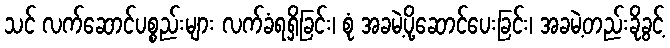
သင် လက်ဆောင်ပစ္စည်းများ လက်ခံရရှိခြင်း၊ စုံ အခမဲ့ပို့ဆောင်ပေးခြင်း၊ အခမဲ့တည်းခိုခွင့်